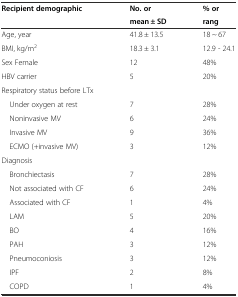
<table><thead><tr><td rowspan="2"><b>Recipient demographic</b></td><td><b>No. or</b></td><td><b>% or</b></td></tr><tr><td><b>mean ± SD</b></td><td><b>rang</b></td></tr></thead><tbody><tr><td>Age, year</td><td>41.8 ± 13.5</td><td>18 ~ 67</td></tr><tr><td>BMI, kg/m<sup>2</sup></td><td>18.3 ± 3.1</td><td>12.9 - 24.1</td></tr><tr><td>Sex Female</td><td>12</td><td>48%</td></tr><tr><td>HBV carrier</td><td>5</td><td>20%</td></tr><tr><td>Respiratory status before LTx</td><td></td><td></td></tr><tr><td> Under oxygen at rest</td><td>7</td><td>28%</td></tr><tr><td> Noninvasive MV</td><td>6</td><td>24%</td></tr><tr><td> Invasive MV</td><td>9</td><td>36%</td></tr><tr><td> ECMO (+invasive MV)</td><td>3</td><td>12%</td></tr><tr><td>Diagnosis</td><td></td><td></td></tr><tr><td> Bronchiectasis</td><td>7</td><td>28%</td></tr><tr><td> Not associated with CF</td><td>6</td><td>24%</td></tr><tr><td> Associated with CF</td><td>1</td><td>4%</td></tr><tr><td> LAM</td><td>5</td><td>20%</td></tr><tr><td> BO</td><td>4</td><td>16%</td></tr><tr><td> PAH</td><td>3</td><td>12%</td></tr><tr><td> Pneumoconiosis</td><td>3</td><td>12%</td></tr><tr><td> IPF</td><td>2</td><td>8%</td></tr><tr><td> COPD</td><td>1</td><td>4%</td></tr></tbody></table>